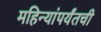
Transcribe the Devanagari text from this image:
महिन्यांपर्यंतची